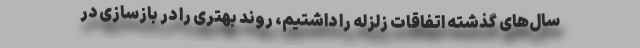
سال‌های گذشته اتفاقات زلزله را داشتیم، روند بهتری را در بازسازی در